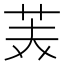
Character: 𮎪